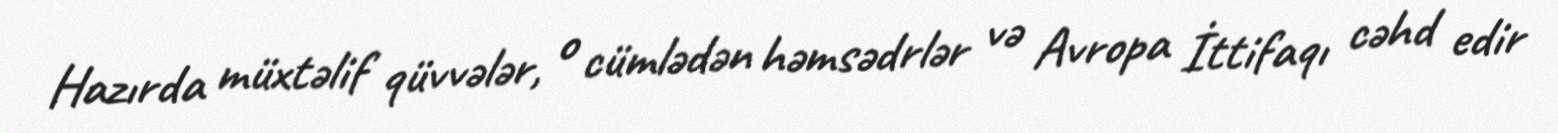
Hazırda müxtəlif qüvvələr, o cümlədən həmsədrlər və Avropa İttifaqı cəhd edir